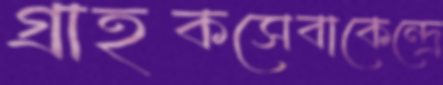
গ্রাহকসেবাকেন্দ্রে